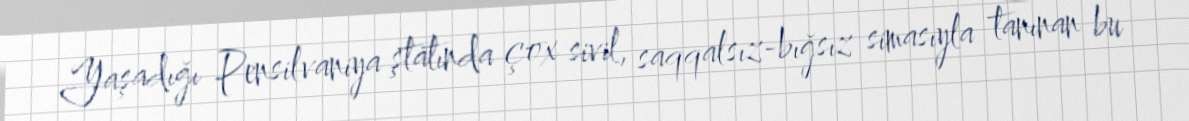
Yaşadığı Pensilvaniya ştatında çox sivil, saqqalsız-bığsız simasıyla tanınan bu